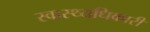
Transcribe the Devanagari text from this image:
स्वास्थ्यधिकारी